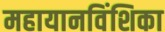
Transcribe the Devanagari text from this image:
महायानविंशिका